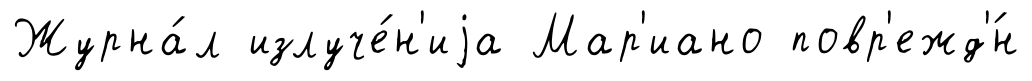
Журна́л излуче́н'иjа Мар'иано повр'ежд'́н